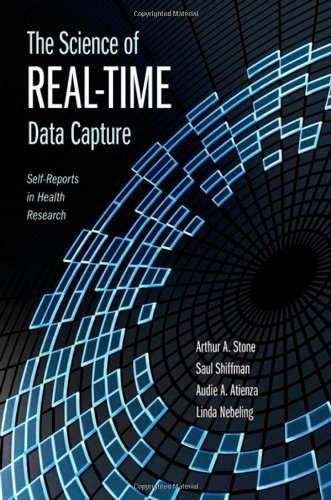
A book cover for The Science of Real-Time Data Capture: Self-Reports in Health Research; Arthur Stone; Medical Books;